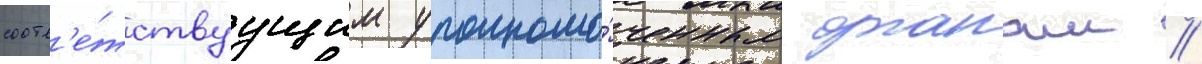
соотв'е́тствуущим уполномо́ченным органам //